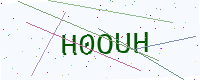
Text: H0OUH